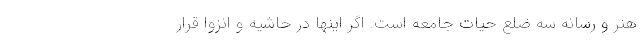
هنر و رسانه سه ضلع حیات جامعه است. اگر اینها در حاشیه و انزوا قرار